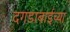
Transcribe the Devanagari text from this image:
दगडाबाईच्या